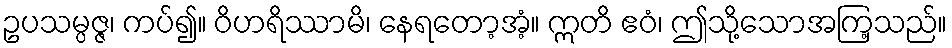
ဥပသမ္ပဇ္ဇ၊ ကပ်၍။ ဝိဟရိဿာမိ၊ နေရတော့အံ့။ ဣတိ ဧဝံ၊ ဤသို့သောအကြ့သည်။